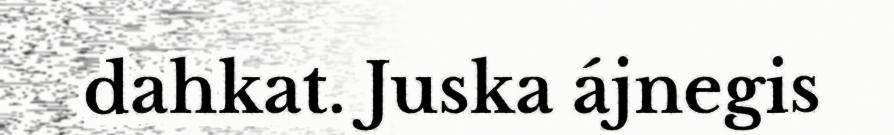
dahkat. Juska ájnegis